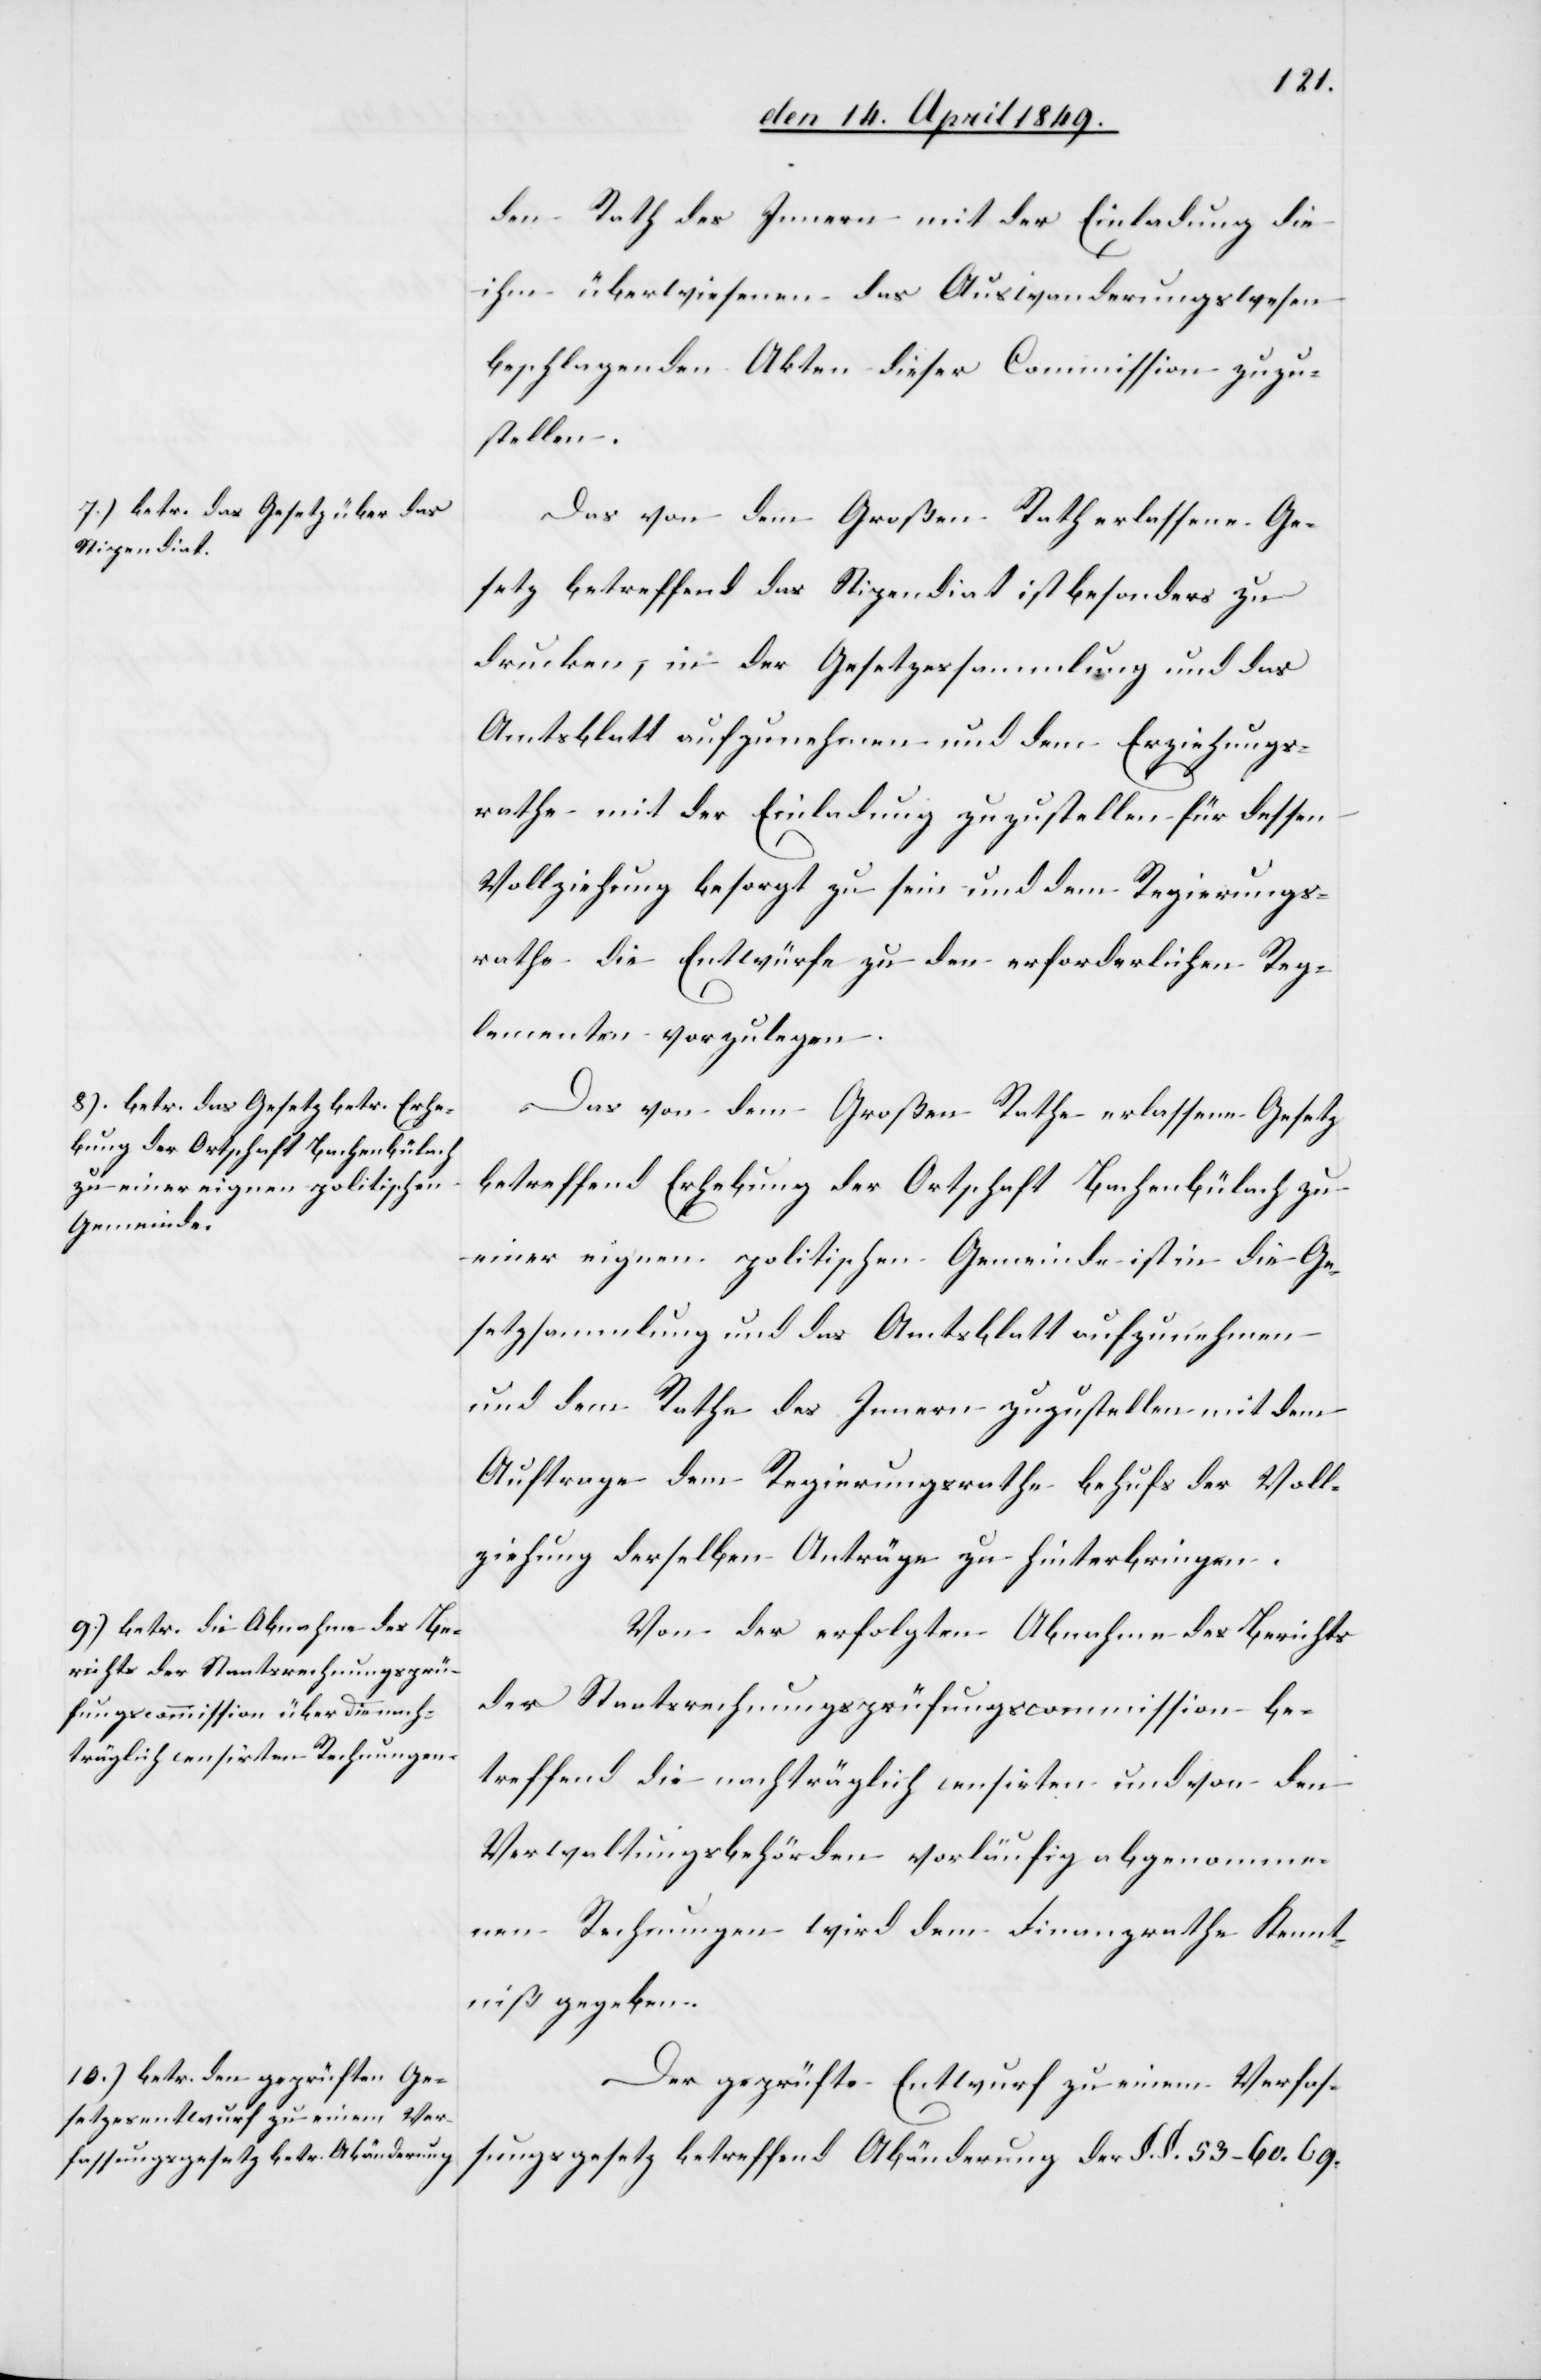
den Rath des Innern mit der Einladung die
ihm überwiesenen das Auswanderungswesen
beschlagenden Akten dieser Commission zuzu¬
stellen.
Das von dem Großen Rath erlassene Ge¬
setz betreffend das Stipendiat ist besonders zu
drucken, in der Gesetzessammlung und das
Amtsblatt aufzunehmen und dem Erziehungs¬
rathe mit der Einladung zuzustellen für dessen
Vollziehung besorgt zu sein und dem Regierungs¬
rathe die Entwürfe zu den erforderlichen Reg¬
lementen vorzulegen.
Das von dem Großen Rathe erlassene Gesetz
betreffend Erhebung der Ortschaft Bachenbülach zu
einer eigenen politischen Gemeinde ist in die Ge¬
setzsammlung und das Amtsblatt aufzunehmen
und dem Rathe des Innern zuzustellen mit dem
Auftrage dem Regierungsrathe behufs der Voll¬
ziehung derselben Anträge zu hinterbringen.
Von der erfolgten Abnahme des Berichts
der Staatsrechnungsprüfungscommission be¬
treffend die nachträglich censirten und von den
Verwaltungsbehörden vorläufig abgenomme¬
nen Rechnungen wird dem Finanzrathe Kennt¬
niß gegeben.
Der geprüfte Entwurf zu einem Verfas¬
sungsgesetz betreffend Abänderung der §. §. 53–60. 69.